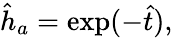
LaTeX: \hat{h}_{a}=\exp(-\hat{t}),